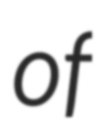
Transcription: of